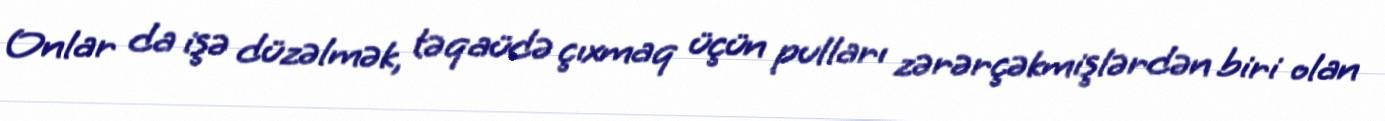
Onlar da işə düzəlmək, təqaüdə çıxmaq üçün pulları zərərçəkmişlərdən biri olan